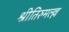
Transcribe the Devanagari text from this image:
श्रीतिरुमल्ल्ल